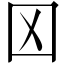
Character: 龱